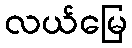
လယ်မြေ